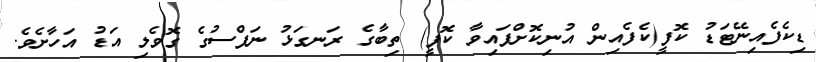
ޑިކެފެއިނޭޓަޑު ކޮފީ(ކެފެއިން އުނިކޮށްފައިވާ ކޮފީ) ތިބާގެ ރަނގަޅު ނަފްސުގެ ގޮވެލި އަޑު އަހާށެވެ.